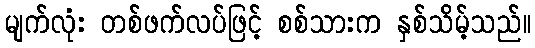
မျက်လုံး တစ်ဖက်လပ်ဖြင့် စစ်သားက နှစ်သိမ့်သည်။